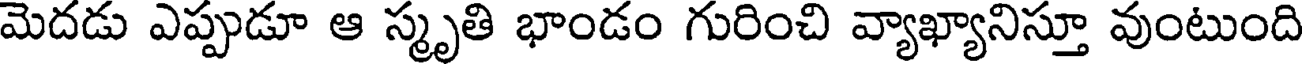
మెదడు ఎప్పుడూ ఆ స్మృతి భాండం గురించి వ్యాఖ్యానిస్తూ వుంటుంది